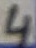
Text: 4